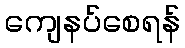
ကျေနပ်စေရန်